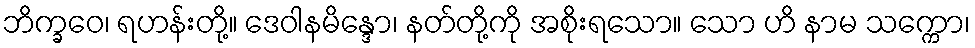
ဘိက္ခဝေ၊ ရဟန်းတို့။ ဒေဝါနမိန္ဒော၊ နတ်တို့ကို အစိုးရသော။ သော ဟိ နာမ သက္ကော၊